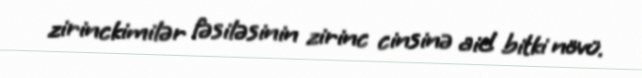
zirinckimilər fəsiləsinin zirinc cinsinə aid bitki növü.